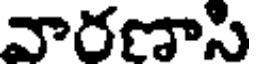
వారణాసి